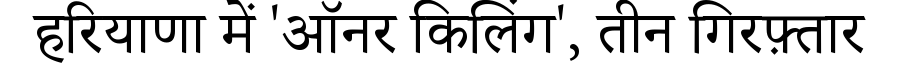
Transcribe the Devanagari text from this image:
हरियाणा में 'ऑनर किलिंग', तीन गिरफ़्तार